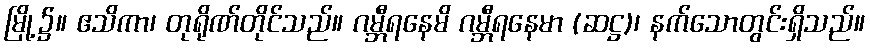
မြို့၌။ ဧသိကာ၊ တုရိုဏ်တိုင်သည်။ ဂမ္ဘီရနေမိ ဂမ္ဘီရနေမာ (ဆဋ္ဌ)၊ နက်သောတွင်းရှိသည်။